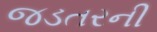
જડતરની